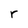
Character: r